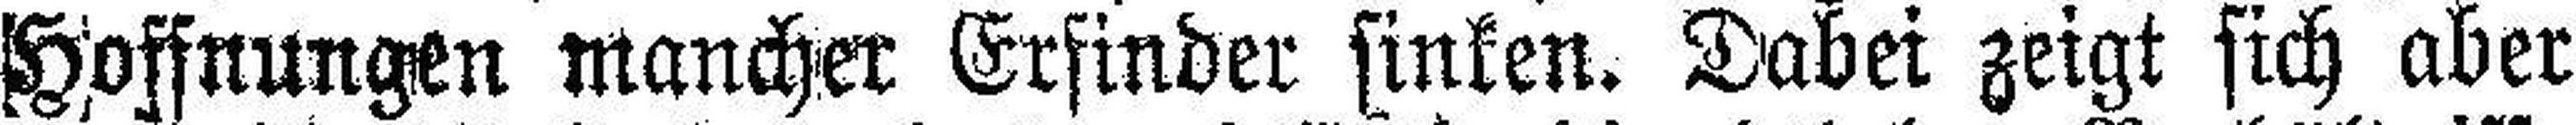
Hoffnungen mancher Erfinder sinken. Dabei zeigt sich aber